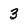
Character: 3